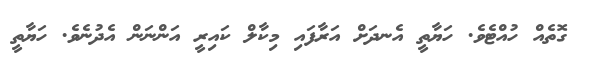
ގޮތެއް ހުއްޓެވެ. ހަޔާތީ އެނދަށް އަރާފައި މިކާލް ކައިރީ އަންނަން އެދުނެވެ. ހަޔާތީ